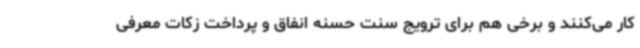
کار می‌کنند و برخی هم برای ترویج سنت حسنه انفاق و پرداخت زکات معرفی